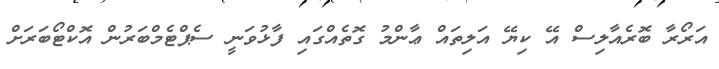
އަރޯރާ ބޮރެއާލިސް އޭ ކިޔޭ އަލިތައް ޢާންމު ގޮތެއްގައި ފާޅުވަނީ ސެޕްޓެމްބަރުން އޮކްޓޯބަރަށް